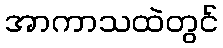
အာကာသထဲတွင်